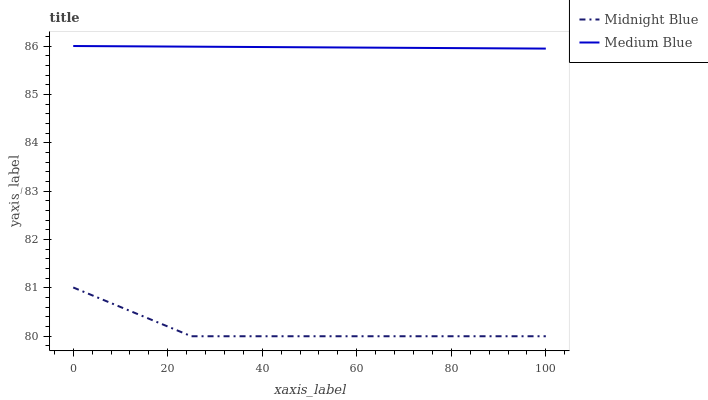
| xaxis_label | Midnight Blue | Medium Blue |
 | --- | --- | --- |
 | 0 | 81 | 86 |
 | 25 | 80 | 86 |
 | 50 | 80 | 86 |
 | 75 | 80 | 86 |
 | 100 | 80 | 85.9 |